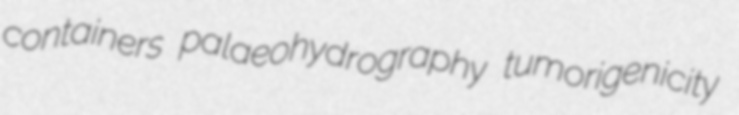
containers palaeohydrography tumorigenicity